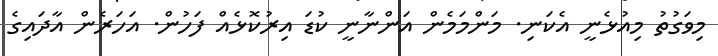
މިވަގުތު މިއުޅެނީ އެކަނި. މަންމަމެން އަންނާނީ ކުޑަ އިރުކޮޅެއް ފަހުން. އަހަރެން އާދައިގެ